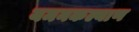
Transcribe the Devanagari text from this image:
यमनकल्याण